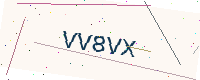
Text: VV8VX